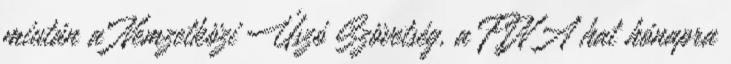
miután a Nemzetközi Úszó Szövetség, a FINA hat hónapra